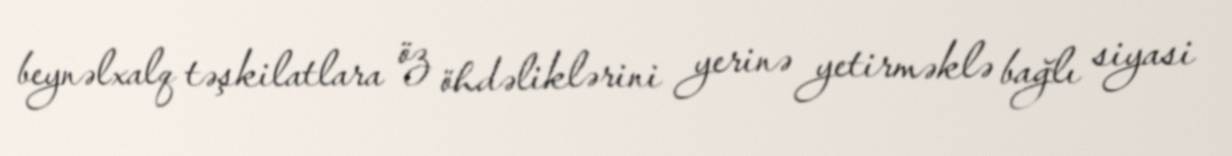
beynəlxalq təşkilatlara öz öhdəliklərini yerinə yetirməklə bağlı siyasi